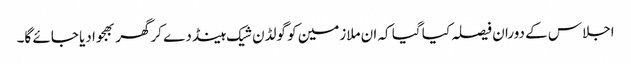
اجلاس کے دوران فیصلہ کیا گیا کہ ان ملازمین کو گولڈن شیک ہینڈ دے کرگھر بھجوا دیا جائے گا۔